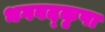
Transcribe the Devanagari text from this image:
भगवद्कृपा